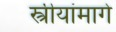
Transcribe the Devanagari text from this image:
स्त्रीयांमागे